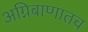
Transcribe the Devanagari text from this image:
अग्निबाणातच